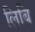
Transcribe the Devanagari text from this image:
लिबि